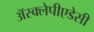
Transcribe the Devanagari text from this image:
अॅस्क्लेपीएडेसी